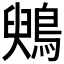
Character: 𪃪